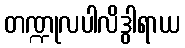
တဏ္ဍုလပါလိဒွါရာယ